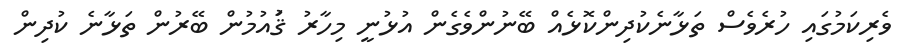
ވެރިކަމުގައި ހުރެވެސް ތަޅާނެކުދިންކޮޅެއް ބޭނުންވެގެން އުޅުނީ މިހާރު ޤަުއުމުން ބޭރުން ތަޅާނެ ކުދިން